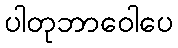
ပါတုဘာဝေါပေ